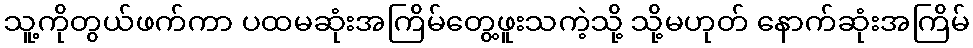
သူ့ကိုတွယ်ဖက်ကာ ပထမဆုံးအကြိမ်တွေ့ဖူးသကဲ့သို့ သို့မဟုတ် နောက်ဆုံးအကြိမ်